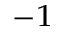
\sp { - 1 }